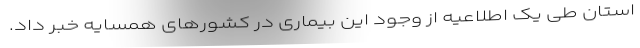
استان طی یک اطلاعیه از وجود این بیماری در کشورهای همسایه خبر داد.